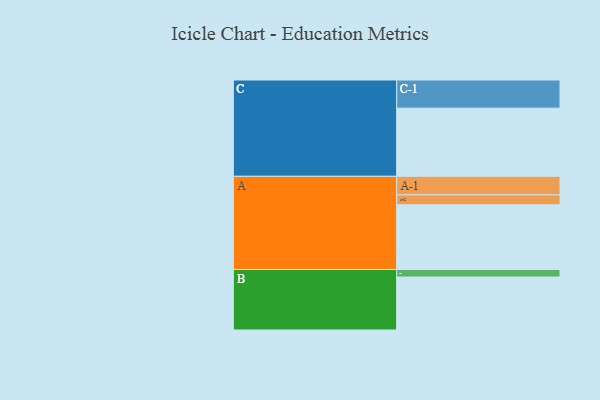
{"axis": {"x": "Segment", "y": "Value"}, "legend": ["", "A", "B", "C"], "data": [{"x": "A", "y": 558, "type": ""}, {"x": "B", "y": 457, "type": ""}, {"x": "C", "y": 588, "type": ""}, {"x": "A-1", "y": 160, "type": "A"}, {"x": "A-2", "y": 86, "type": "A"}, {"x": "B-1", "y": 65, "type": "B"}, {"x": "C-1", "y": 243, "type": "C"}]}